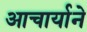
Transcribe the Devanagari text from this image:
आचार्याने